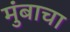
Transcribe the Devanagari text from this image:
मुंबाचा